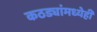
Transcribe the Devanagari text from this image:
कठड्यांमध्येही